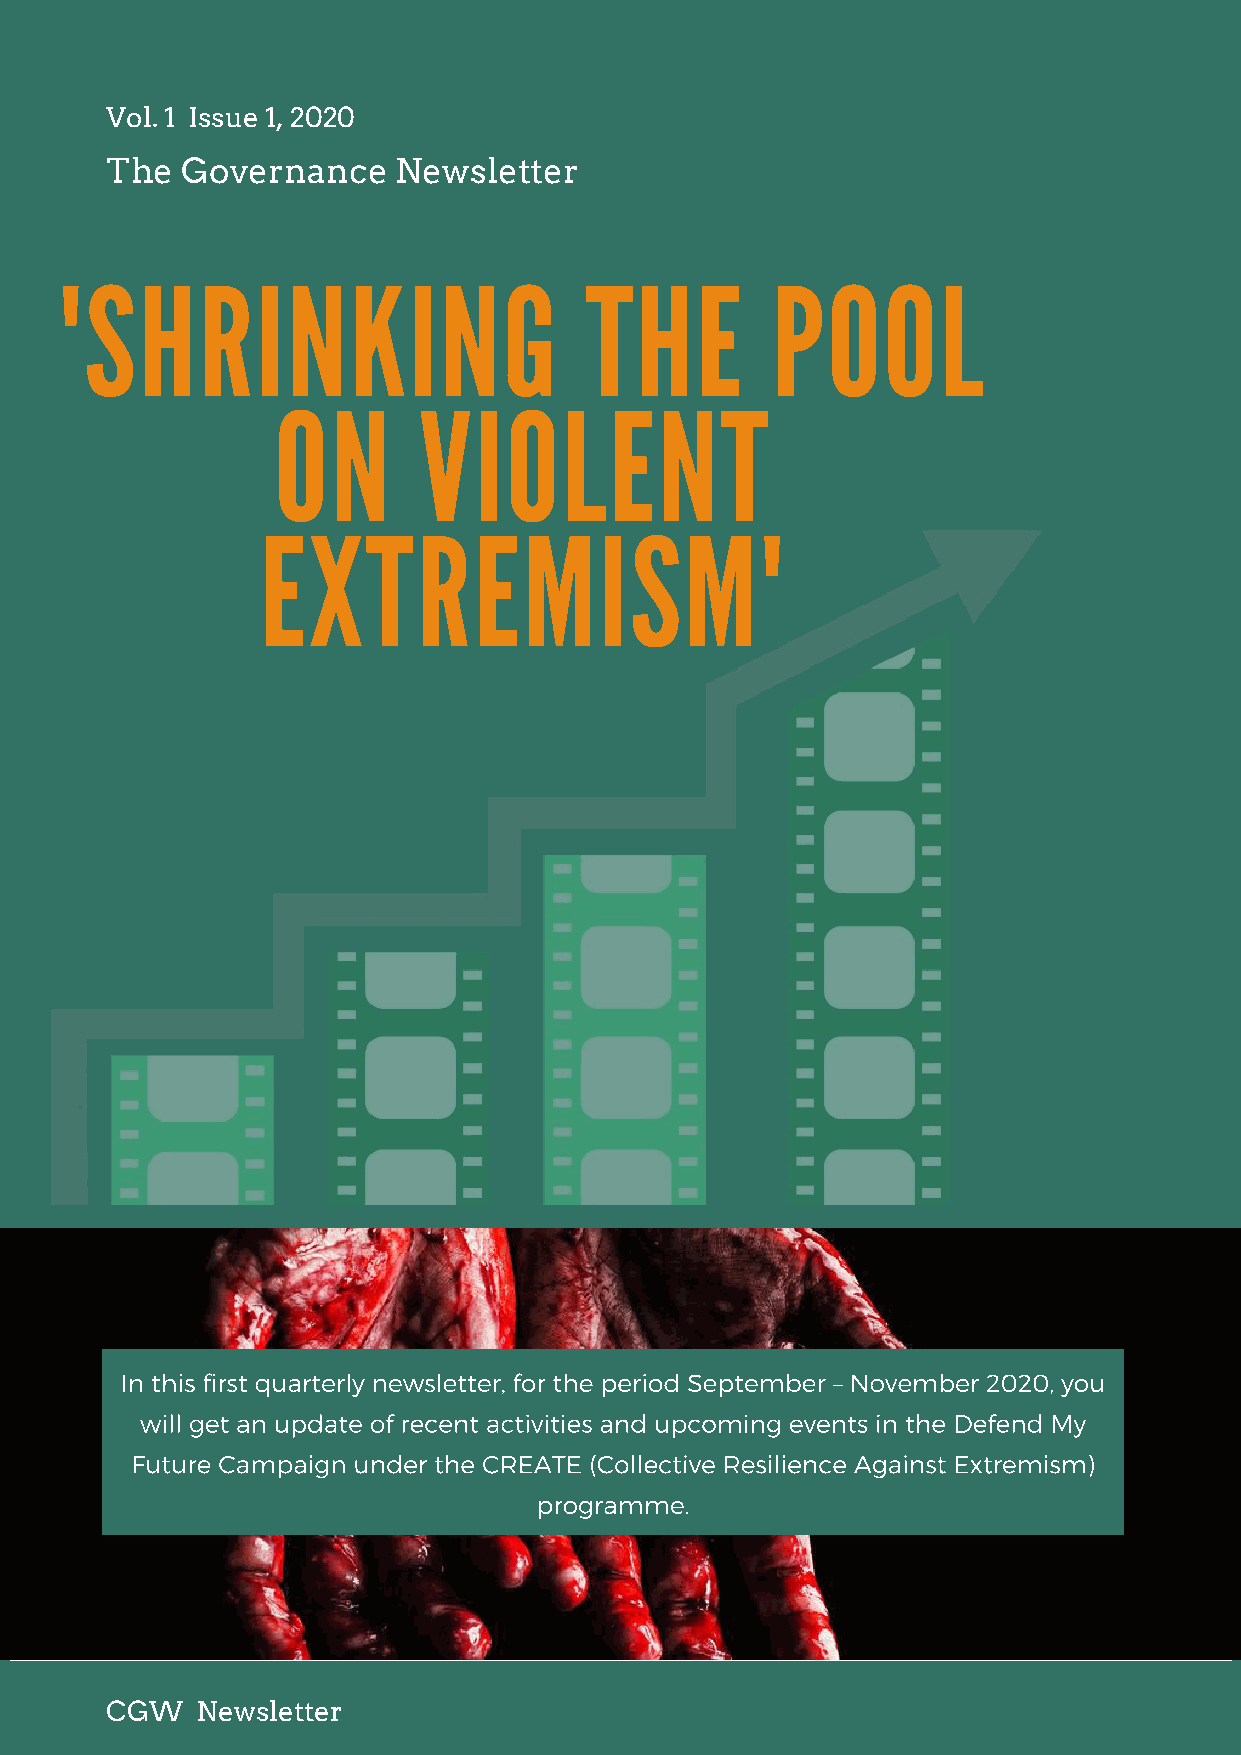
Vol. 1 Issue 1, 2020
 The  Governance    Newsletter
 'SHRINKING                         THE         POOL
 ON        VIOLENT
 EXTREMISM'
 In this first quarterly newsletter, for the period September – November 2020, you
 will get an update of recent activities and upcoming events in the Defend My
 Future Campaign under the CREATE (Collective Resilience Against Extremism)
 programme.
 CGW   Newsletter